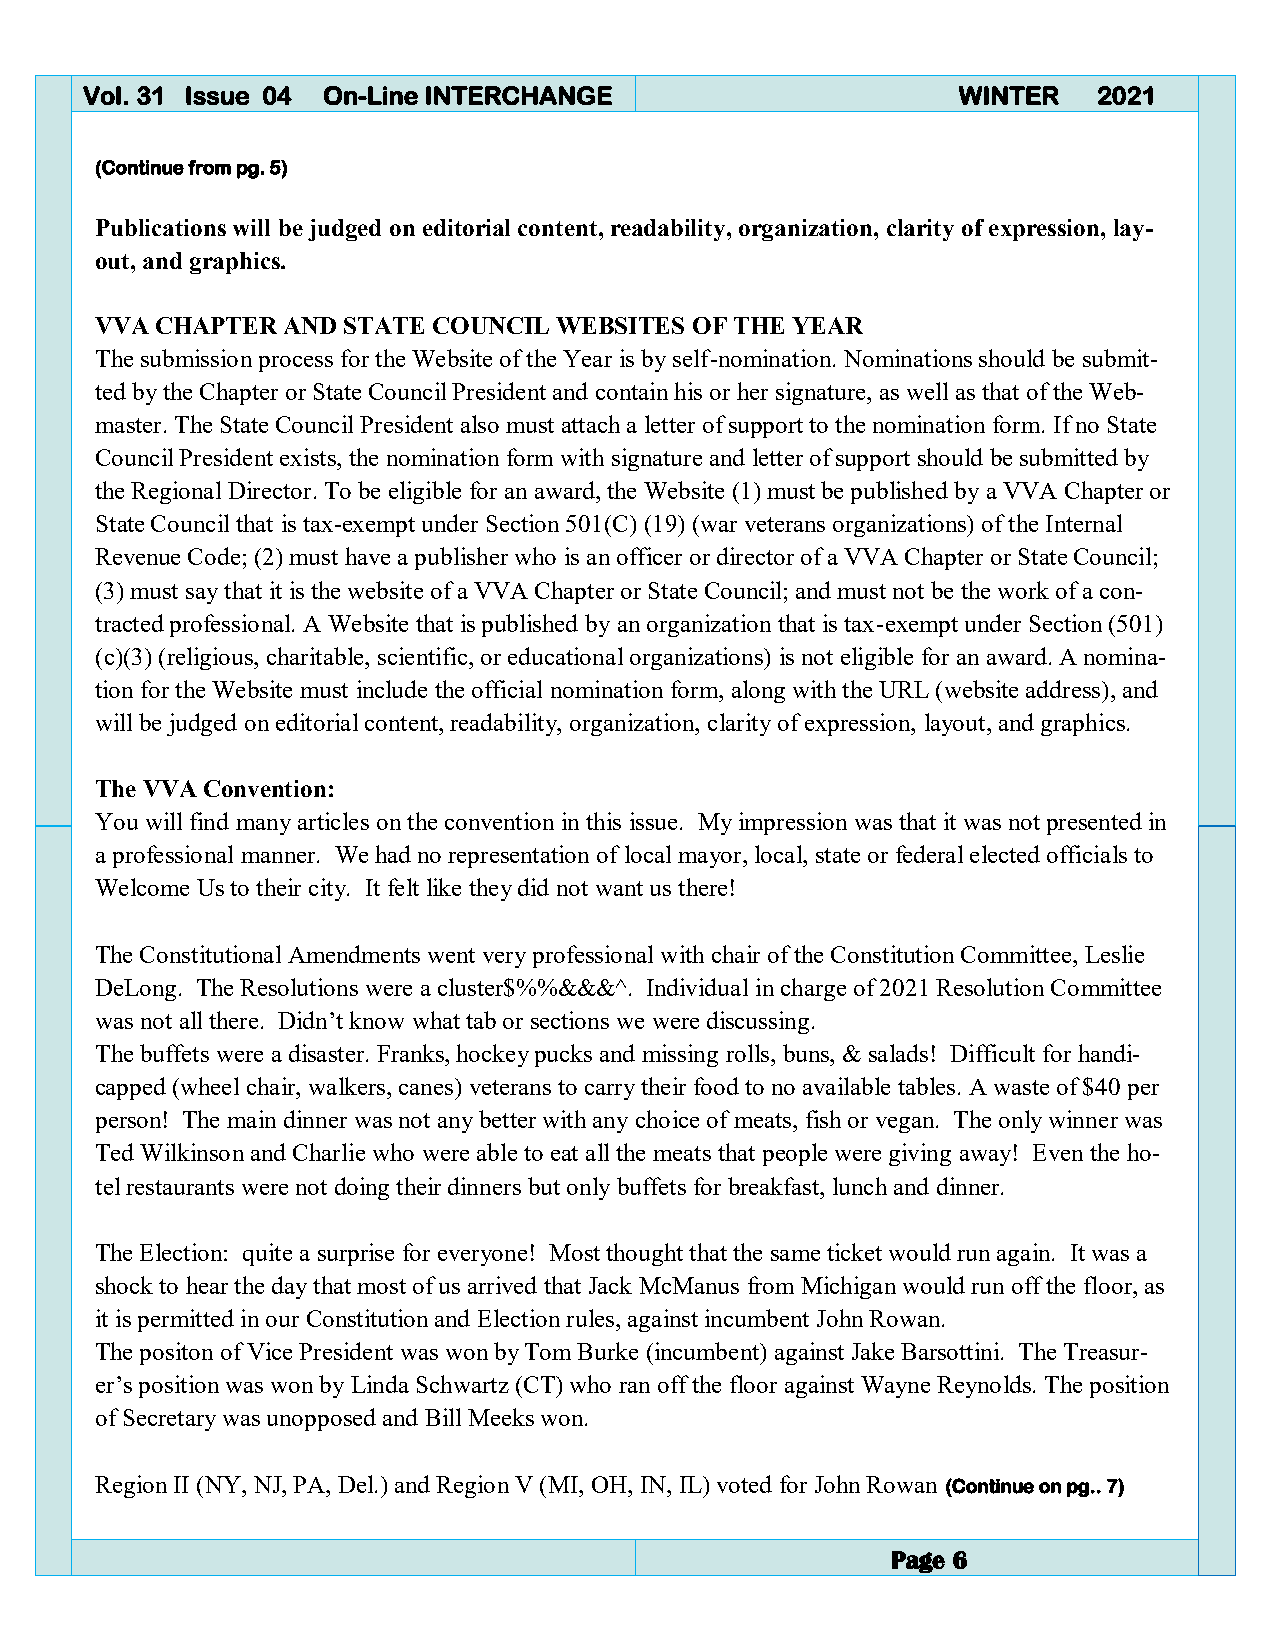
Vol. 31 Issue 04 On-Line INTERCHANGE                      WINTER    2021
 (Continue from pg. 5)
 Publications will be judged on editorial content, readability, organization, clarity of expression, lay-
 out, and graphics.
 VVA CHAPTER  AND STATE COUNCIL WEBSITES OF THE YEAR
 The submission process for the Website of the Year is by self-nomination. Nominations should be submit-
 ted by the Chapter or State Council President and contain his or her signature, as well as that of the Web-
 master. The State Council President also must attach a letter of support to the nomination form. If no State
 Council President exists, the nomination form with signature and letter of support should be submitted by
 the Regional Director. To be eligible for an award, the Website (1) must be published by a VVA Chapter or
 State Council that is tax-exempt under Section 501(C) (19) (war veterans organizations) of the Internal
 Revenue Code; (2) must have a publisher who is an officer or director of a VVA Chapter or State Council;
 (3) must say that it is the website of a VVA Chapter or State Council; and must not be the work of a con-
 tracted professional. A Website that is published by an organization that is tax-exempt under Section (501)
 (c)(3) (religious, charitable, scientific, or educational organizations) is not eligible for an award. A nomina-
 tion for the Website must include the official nomination form, along with the URL (website address), and
 will be judged on editorial content, readability, organization, clarity of expression, layout, and graphics.
 The VVA Convention:
 You will find many articles on the convention in this issue. My impression was that it was not presented in
 a professional manner. We had no representation of local mayor, local, state or federal elected officials to
 Welcome Us to their city. It felt like they did not want us there!
 The Constitutional Amendments went very professional with chair of the Constitution Committee, Leslie
 DeLong. The Resolutions were a cluster$%%&&&^. Individual in charge of 2021 Resolution Committee
 was not all there. Didn’t know what tab or sections we were discussing.
 The buffets were a disaster. Franks, hockey pucks and missing rolls, buns, & salads! Difficult for handi-
 capped (wheel chair, walkers, canes) veterans to carry their food to no available tables. A waste of $40 per
 person! The main dinner was not any better with any choice of meats, fish or vegan. The only winner was
 Ted Wilkinson and Charlie who were able to eat all the meats that people were giving away! Even the ho-
 tel restaurants were not doing their dinners but only buffets for breakfast, lunch and dinner.
 The Election: quite a surprise for everyone! Most thought that the same ticket would run again. It was a
 shock to hear the day that most of us arrived that Jack McManus from Michigan would run off the floor, as
 it is permitted in our Constitution and Election rules, against incumbent John Rowan.
 The positon of Vice President was won by Tom Burke (incumbent) against Jake Barsottini. The Treasur-
 er’s position was won by Linda Schwartz (CT) who ran off the floor against Wayne Reynolds. The position
 of Secretary was unopposed and Bill Meeks won.
 Region II (NY, NJ, PA, Del.) and Region V (MI, OH, IN, IL) voted for John Rowan (Continue on pg.. 7)
 Page 6